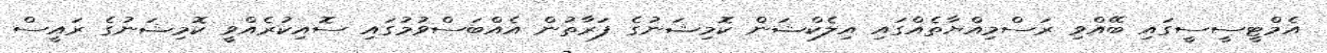
އެމްޓީސީސީގައި ބޭއްވި ރަސްމިއްޔާތެއްގައި އިލެކްޝަން ކޮމިޝަނުގެ ފަރާތުން އެއްބަސްވުމުގައި ސޮއިކުރެއްވީ ކޮމިޝަނުގެ ރައީސް